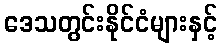
ဒေသတွင်းနိုင်ငံများနှင့်